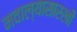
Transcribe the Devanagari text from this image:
मवाल्यासारखी